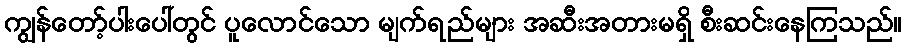
ကျွန်တော့်ပါးပေါ်တွင် ပူလောင်သော မျက်ရည်များ အဆီးအတားမရှိ စီးဆင်းနေကြသည်။